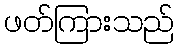
ဖတ်ကြားသည်